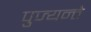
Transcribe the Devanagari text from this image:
पुज्यन्ते